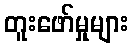
တူးဖော်မှုများ